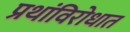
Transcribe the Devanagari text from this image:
प्रथांविरोधात